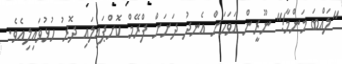
"ލައްބަ މަންމާ!" ނޫރީން އަވަހަށް އެނދު ދަށަށް ފްރޭމް ކޮށްޕައިލައި ދޮރު ހުޅުވައިލިއެވެ.